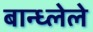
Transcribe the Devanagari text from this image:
बान्ध्लेले